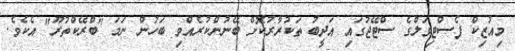
މިއުޒިކް ފެސްޓިވަލްގެ ސްޓޭޖުގައި އަދީބު ތަކުރާރުކޮށް ބޭނުންކުރެއްވި ބަހުން ނަމަ "ބްރޭކްތުރޫ" އެކެވެ.